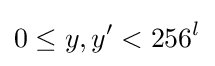
0\leq y,y'<256^{l}